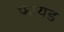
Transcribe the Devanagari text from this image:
फायड